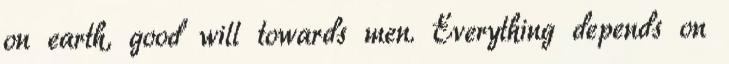
on earth, good will towards men. Everything depends on